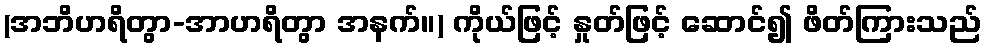
(အဘိဟရိတွာ-အာဟရိတွာ အနက်။) ကိုယ်ဖြင့် နှုတ်ဖြင့် ဆောင်၍ ဖိတ်ကြားသည်